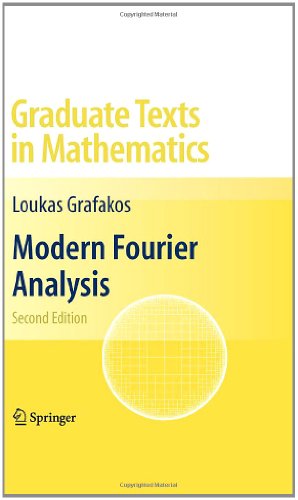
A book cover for Modern Fourier Analysis (Graduate Texts in Mathematics); Loukas Grafakos; Science & Math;